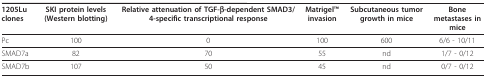
<table><thead><tr><td><b>1205Lu clones</b></td><td><b>SKI protein levels (Western blotting)</b></td><td><b>Relative attenuation of TGF-β-dependent SMAD3/4-specific transcriptional response</b></td><td><b>MatrigelTM invasion</b></td><td><b>Subcutaneous tumor growth in mice</b></td><td><b>Bone metastases in mice</b></td></tr></thead><tbody><tr><td>Pc</td><td>100</td><td>0</td><td>100</td><td>600</td><td>6/6 - 10/11</td></tr><tr><td>SMAD7a</td><td>82</td><td>70</td><td>55</td><td>nd</td><td>1/7 - 0/12</td></tr><tr><td>SMAD7b</td><td>107</td><td>50</td><td>45</td><td>nd</td><td>0/7 - 0/12</td></tr></tbody></table>